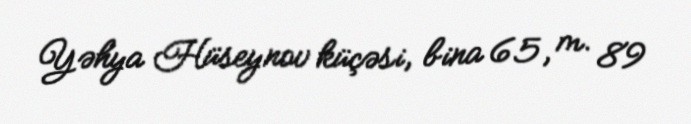
Yəhya Hüseynov küçəsi, bina 65, m. 89